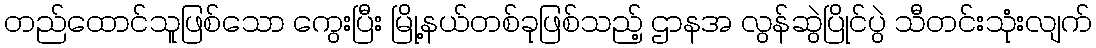
တည်ထောင်သူဖြစ်သော ကွေးပြီး မြို့နယ်တစ်ခုဖြစ်သည့် ဌာနအ လွန်ဆွဲပြိုင်ပွဲ သီတင်းသုံးလျက်